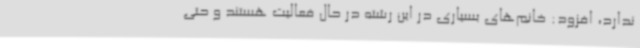
ندارد، افزود: خانم‌های بسیاری در این رشته در حال فعالیت هستند و حتی